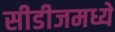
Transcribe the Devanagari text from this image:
सीडीजमध्ये